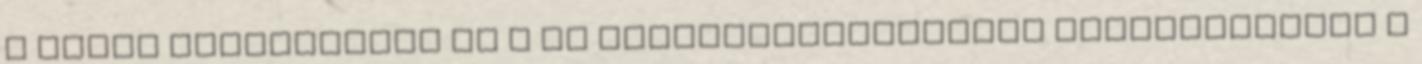
a civil szervezetek és a mi nyomásgyakorlásunk eredményeként a